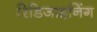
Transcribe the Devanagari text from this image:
रिडिजाइनिंग